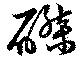
磔